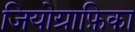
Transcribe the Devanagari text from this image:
जियोग्राफ़िका